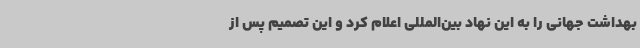
بهداشت جهانی را به این نهاد بین‌المللی اعلام کرد و این تصمیم پس از